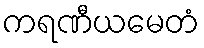
ကရဏီယမေတံ